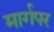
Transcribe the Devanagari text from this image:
मार्गपर